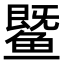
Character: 𬶨